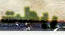
ربطت